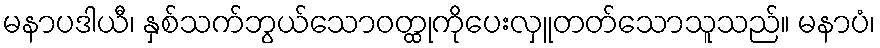
မနာပဒါယီ၊ နှစ်သက်ဘွယ်သောဝတ္ထုကိုပေးလှူတတ်သောသူသည်။ မနာပံ၊